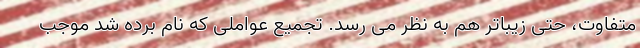
متفاوت، حتی زیباتر هم به نظر می رسد. تجمیع عواملی که نام برده شد موجب